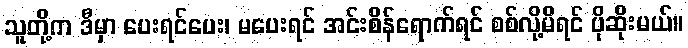
သူတို့က ဒီမှာ ပေးရင်ပေး၊ မပေးရင် အင်းစိန်ရောက်ရင် စစ်လို့မိရင် ပိုဆိုးမယ်။